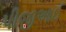
પીજીઆઈ